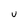
Character: u